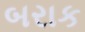
બરાક